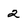
Character: 2